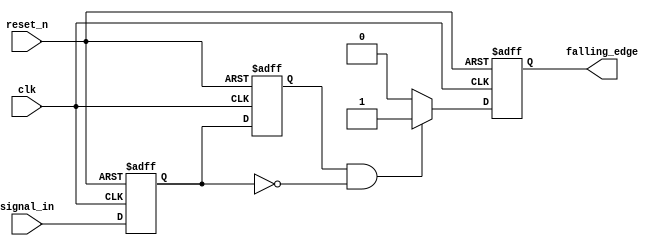
module falling_edge_detector (
    input wire clk,           // Clock input
    input wire reset_n,      // Asynchronous active-low reset
    input wire signal_in,     // Input signal to detect falling edge
    output reg falling_edge   // Output indicating falling edge detected
);

    // Internal registers for previous and current state
    reg prev_state;
    reg curr_state;

    // Sampling the input signal and detecting the falling edge
    always @(posedge clk or negedge reset_n) begin
        if (!reset_n) begin
            // Reset conditions: initialize states
            prev_state <= 1'b0;
            curr_state <= 1'b0;
            falling_edge <= 1'b0;
        end else begin
            // Sample the current state of the input signal
            curr_state <= signal_in;

            // Check for falling edge
            if (prev_state && !curr_state) begin
                falling_edge <= 1'b1;  // Falling edge detected
            end else begin
                falling_edge <= 1'b0;  // No falling edge detected
            end

            // Update previous state for next clock cycle
            prev_state <= curr_state;
        end
    end
endmodule